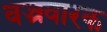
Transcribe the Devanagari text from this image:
वज्रवारक